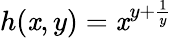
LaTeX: h(\mathit{x},y)=\mathit{x}^{y+\frac{{1}}{{y}}}